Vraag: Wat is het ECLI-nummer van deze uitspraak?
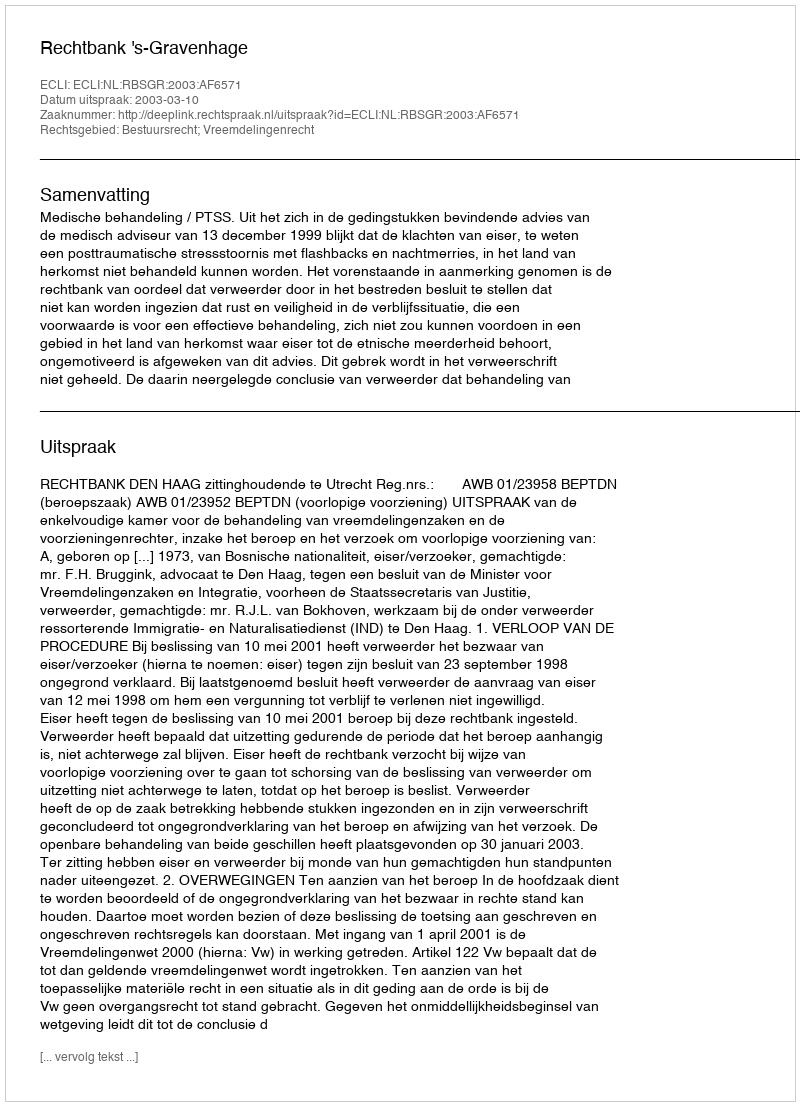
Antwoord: ECLI:NL:RBSGR:2003:AF6571